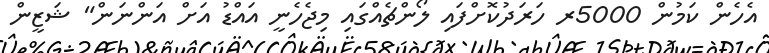
އެހެން ކަމުން 5000ރ ހަރަދުކޮށްފައި ލޯންޗެއްގައި މިޖެހެނީ އައްޑު އަށް އަންނަން" ޝަޒީން